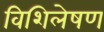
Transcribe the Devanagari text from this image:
विशिलेषण